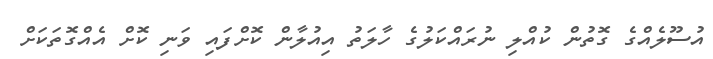
އުސޫލެއްގެ ގޮތުން ކުއްލި ނުރައްކަލުގެ ހާލަތު އިއުލާން ކޮށްފައި ވަނި ކޮށް އެއްގޮތަކަށް